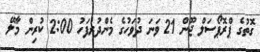
ގޮތުގެ ޕްރޮޕޯސަލް ޖޫން 21 ވަނަ ދުވަހުގެ މެންދުރުފަހު 2:00 ކުރިން މާލޭ